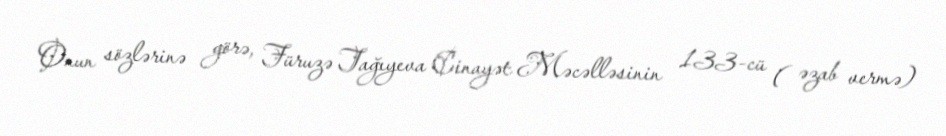
Onun sözlərinə görə, Füruzə Tağıyeva Cinayət Məcəlləsinin 133-cü ( əzab vermə)